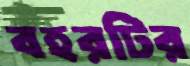
বহরটির